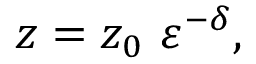
z = z _ { 0 } \ \varepsilon ^ { - \delta } ,